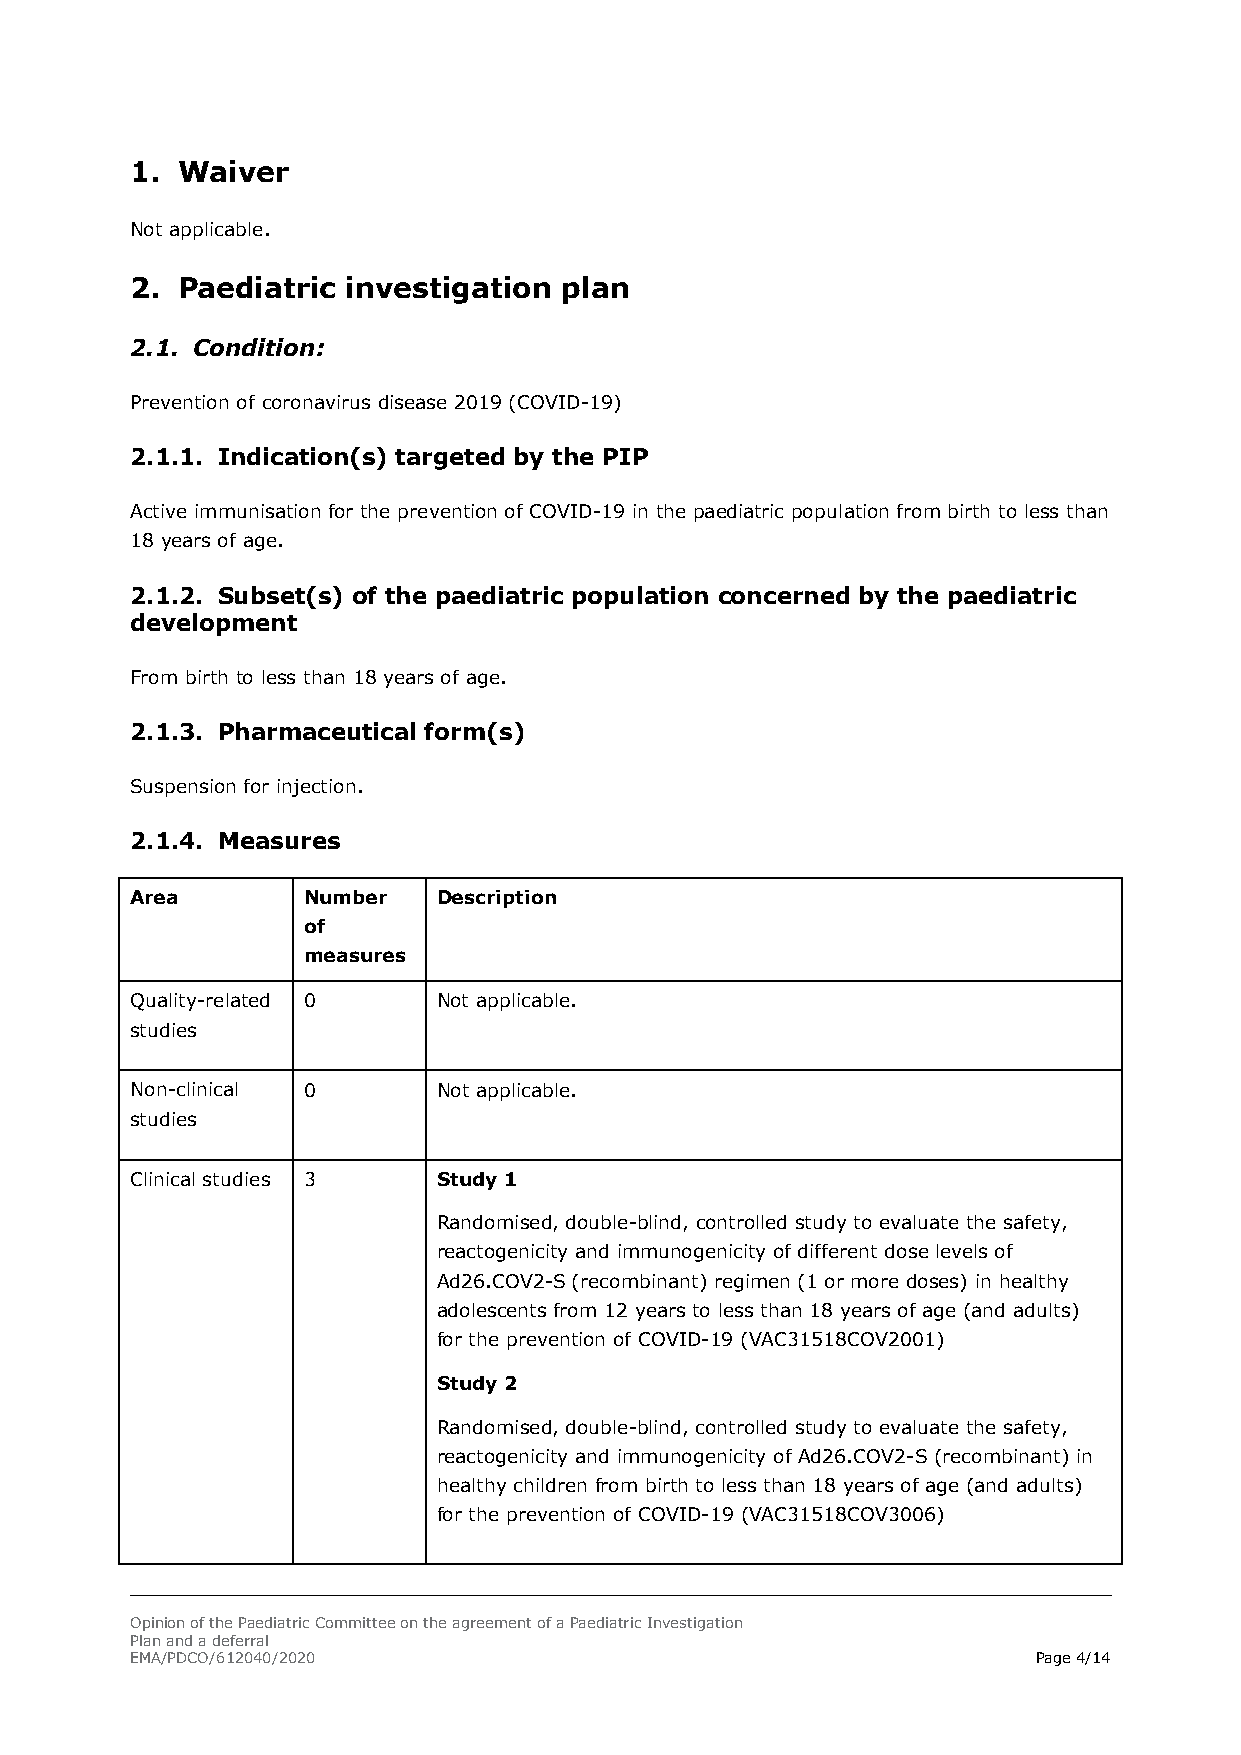
1. Waiver
 Not applicable.
 2. Paediatric investigation plan
 2.1. Condition:
 Prevention of coronavirus disease 2019 (COVID-19)
 2.1.1. Indication(s) targeted by the PIP
 Active immunisation for the prevention of COVID-19 in the paediatric population from birth to less than
 18 years of age.
 2.1.2. Subset(s) of the paediatric population concerned by the paediatric
 development
 From birth to less than 18 years of age.
 2.1.3. Pharmaceutical form(s)
 Suspension for injection.
 2.1.4. Measures
 Area       Number   Description
 of
 measures
 Quality-related 0   Not applicable.
 studies
 Non-clinical 0      Not applicable.
 studies
 Clinical studies 3  Study 1
 Randomised, double-blind, controlled study to evaluate the safety,
 reactogenicity and immunogenicity of different dose levels of
 Ad26.COV2-S (recombinant) regimen (1 or more doses) in healthy
 adolescents from 12 years to less than 18 years of age (and adults)
 for the prevention of COVID-19 (VAC31518COV2001)
 Study 2
 Randomised, double-blind, controlled study to evaluate the safety,
 reactogenicity and immunogenicity of Ad26.COV2-S (recombinant) in
 healthy children from birth to less than 18 years of age (and adults)
 for the prevention of COVID-19 (VAC31518COV3006)
 Opinion of the Paediatric Committee on the agreement of a Paediatric Investigation
 Plan and a deferral
 EMA/PDCO/612040/2020                                        Page 4/14